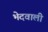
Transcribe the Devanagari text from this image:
भेदवाली